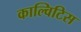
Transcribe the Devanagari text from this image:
काल्विटिस